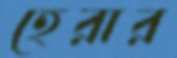
হেরার